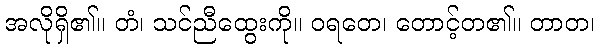
အလိုရှိ၏။ တံ၊ သင်ညီထွေးကို။ ဝရတေ၊ တောင့်တ၏။ တာတ၊